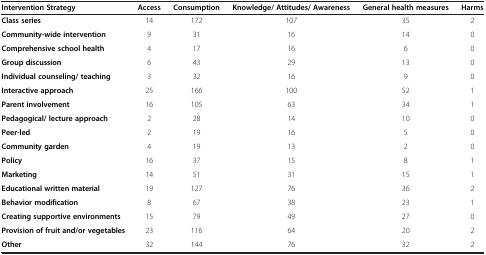
<table><thead><tr><td><b>Intervention Strategy</b></td><td><b>Access</b></td><td><b>Consumption</b></td><td><b>Knowledge/ Attitudes/ Awareness</b></td><td><b>General health measures</b></td><td><b>Harms</b></td></tr></thead><tbody><tr><td><b>Class series</b></td><td>14</td><td>172</td><td>107</td><td>35</td><td>2</td></tr><tr><td><b>Community-wide intervention</b></td><td>9</td><td>31</td><td>16</td><td>14</td><td>0</td></tr><tr><td><b>Comprehensive school health</b></td><td>4</td><td>17</td><td>16</td><td>6</td><td>0</td></tr><tr><td><b>Group discussion</b></td><td>6</td><td>43</td><td>29</td><td>13</td><td>0</td></tr><tr><td><b>Individual counseling/ teaching</b></td><td>3</td><td>32</td><td>16</td><td>9</td><td>0</td></tr><tr><td><b>Interactive approach</b></td><td>25</td><td>166</td><td>100</td><td>52</td><td>1</td></tr><tr><td><b>Parent involvement</b></td><td>16</td><td>105</td><td>63</td><td>34</td><td>1</td></tr><tr><td><b>Pedagogical/ lecture approach</b></td><td>2</td><td>28</td><td>14</td><td>10</td><td>0</td></tr><tr><td><b>Peer-led</b></td><td>2</td><td>19</td><td>16</td><td>5</td><td>0</td></tr><tr><td><b>Community garden</b></td><td>4</td><td>19</td><td>13</td><td>2</td><td>0</td></tr><tr><td><b>Policy</b></td><td>16</td><td>37</td><td>15</td><td>8</td><td>1</td></tr><tr><td><b>Marketing</b></td><td>14</td><td>51</td><td>31</td><td>15</td><td>1</td></tr><tr><td><b>Educational written material</b></td><td>19</td><td>127</td><td>76</td><td>36</td><td>2</td></tr><tr><td><b>Behavior modification</b></td><td>8</td><td>67</td><td>38</td><td>23</td><td>1</td></tr><tr><td><b>Creating supportive environments</b></td><td>15</td><td>79</td><td>49</td><td>27</td><td>0</td></tr><tr><td><b>Provision of fruit and/or vegetables</b></td><td>23</td><td>116</td><td>64</td><td>20</td><td>2</td></tr><tr><td><b>Other</b></td><td>32</td><td>144</td><td>76</td><td>32</td><td>2</td></tr></tbody></table>